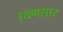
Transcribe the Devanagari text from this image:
रयणसार